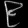
Digit: ၉